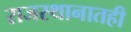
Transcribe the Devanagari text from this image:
राजस्थानातही